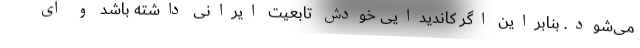
می‌شود. بنابراین اگر کاندیدایی خودش تابعیت ایرانی داشته باشد و ای